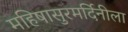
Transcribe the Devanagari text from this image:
महिषासुरमर्दिनीला